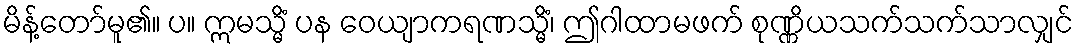
မိန့်တော်မူ၏။ ပ။ ဣမသ္မိံ ပန ဝေယျာကရဏသ္မိံ၊ ဤဂါထာမဖက် စုဏ္ဏိယသက်သက်သာလျှင်